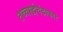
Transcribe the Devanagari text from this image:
तच्चार्द्धचंद्राकारं